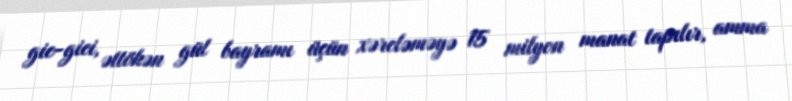
gic-gici, əttökən gül bayramı üçün xərcləməyə 15 milyon manat tapılır, amma